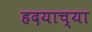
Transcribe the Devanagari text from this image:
हदयाच्या